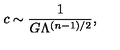
c \sim { \frac { 1 } { G \Lambda ^ { ( n - 1 ) / 2 } } } ,